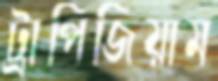
ট্রাপিজিয়াম